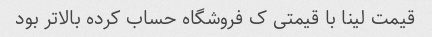
قیمت لینا با قیمتی ک فروشگاه حساب کرده بالاتر بود